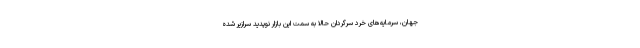
جهان، سرمایه‌های خرد سرگردان حالا به سمت این بازار نوپدید سرازیر شده